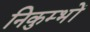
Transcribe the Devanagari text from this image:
निकुम्भों